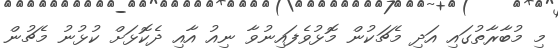
މި މުބާރާތުގައި އަދި މެޗަކުން މޮޅުވެފައިނުވާ ނިއު އާއި ދެކޮޅަށް ކުޅުނު މެޗުން